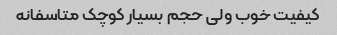
کیفیت خوب ولی حجم بسیار کوچک متاسفانه